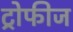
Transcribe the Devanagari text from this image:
ट्रोफीज